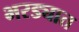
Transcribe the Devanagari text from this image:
भरड्यात